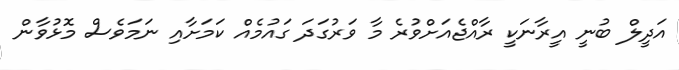
އަދީލް ބުނީ އީރާނަކީ ރާއްޖެއަށްވުރެ މާ ވަރުގަދަ ގައުމެއް ކަމަށާއި ނަމަވެސް މޮޅުވާން